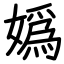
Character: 嬀